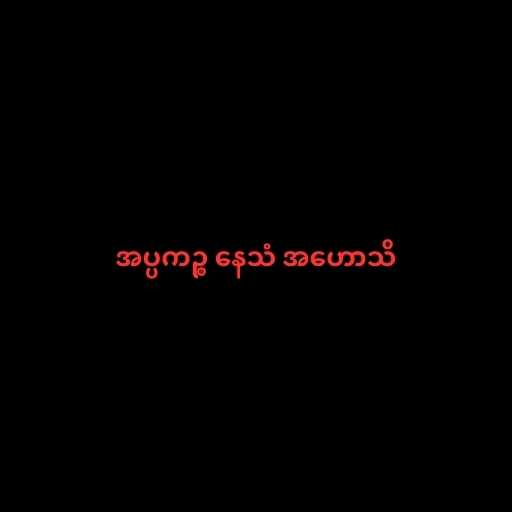
အပ္ပကဉ္စ နေသံ အဟောသိ